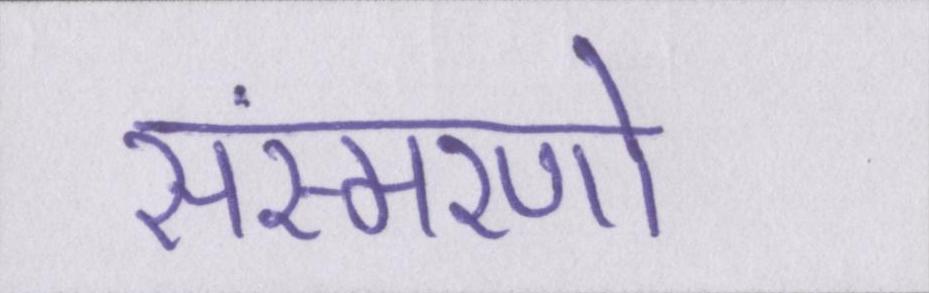
संस्मरणो